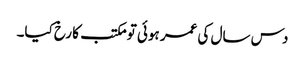
دس سال کی عمر ہوئی تو مکتب کا رخ کیا۔